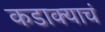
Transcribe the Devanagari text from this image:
कडाक्याचं